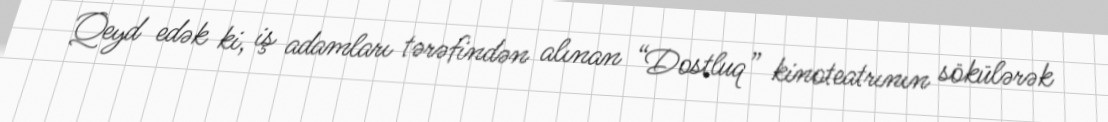
Qeyd edək ki, iş adamları tərəfindən alınan “Dostluq” kinoteatrının sökülərək